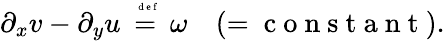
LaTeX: \partial_{x}v-\partial_{y}u\stackrel{\mathrm{~\tiny~{~d~e~f~}~}}{=}\omega\quad(=\mathrm{~c~o~n~s~t~a~n~t~}).